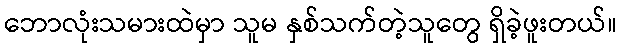
ဘောလုံးသမားထဲမှာ သူမ နှစ်သက်တဲ့သူတွေ ရှိခဲ့ဖူးတယ်။